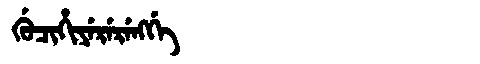
Manchu: ᡤᡠᠴᡳᡥᡳᠶᡝᡵᡝᡵᡝᠩᡤᡝ
Romanization: GUCIHIYERERENGGE